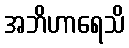
အဘိဟာရေသိ